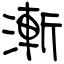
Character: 漸